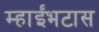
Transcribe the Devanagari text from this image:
म्हाईंभटास